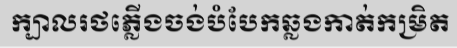
ក្បាលរថភ្លើងចង់បំបែកឆ្លងកាត់កម្រិត